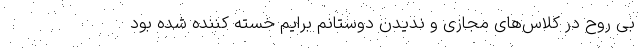
بی روح در کلاس‌های مجازی و ندیدن دوستانم برایم خسته کننده شده بود